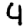
Digit: 4